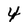
Character: 4